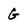
Character: G